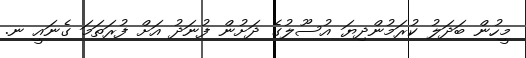
މީހުން ބަދަލު ކުރަމުންދިޔަ އުސޫލުގެ ދަށުން ފުނަދު އަށް ފުރަތަމަ ގެނައީ ނ.